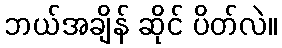
ဘယ်အချိန် ဆိုင် ပိတ်လဲ။